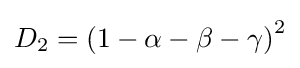
D_{2}=\left(1-\alpha -\beta -\gamma \right)^{2}